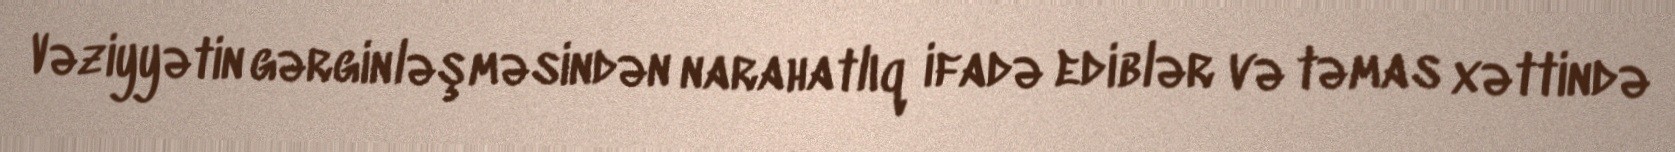
Vəziyyətin gərginləşməsindən narahatlıq ifadə ediblər və təmas xəttində